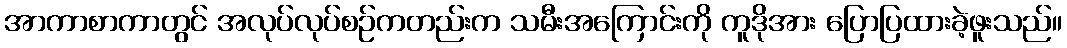
အာကာစာကာတွင် အလုပ်လုပ်စဉ်ကတည်းက သမီးအကြောင်းကို ကူဒိုအား ပြောပြထားခဲ့ဖူးသည်။